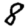
Digit: 8